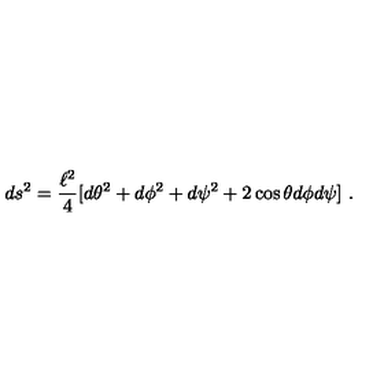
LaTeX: d s ^ { 2 } = { \frac { \ell ^ { 2 } } { 4 } } [ d \theta ^ { 2 } + d \phi ^ { 2 } + d \psi ^ { 2 } + 2 \cos \theta d \phi d \psi ] \ .